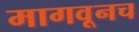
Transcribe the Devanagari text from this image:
मागवूनच